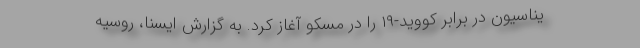
یناسیون در برابر کووید-۱۹ را در مسکو آغاز کرد. به گزارش ایسنا، روسیه